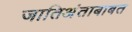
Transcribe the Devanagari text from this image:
जातिअंताबाबत